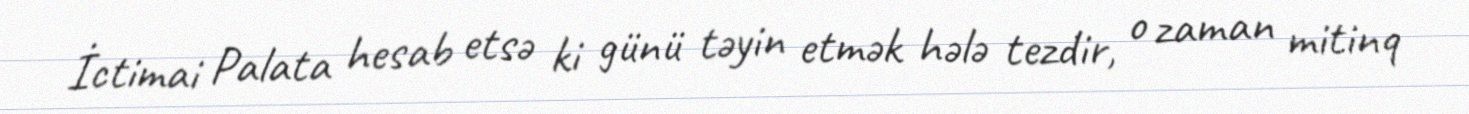
İctimai Palata hesab etsə ki günü təyin etmək hələ tezdir, o zaman mitinq